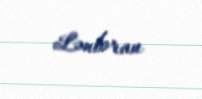
Lənbəran